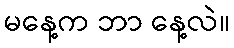
မနေ့က ဘာ နေ့လဲ။